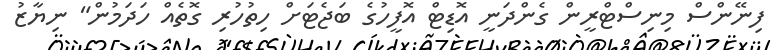
ފިނޭންސް މިނިސްޓްރީން ގެންދަނީ އޮޑިޓް އޮފީހުގެ ބަޖެޓަށް ހިތުހުރި ގޮތެއް ހަދަމުން" ނިޔާޒު